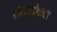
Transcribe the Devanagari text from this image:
लेपिडोप्टरा